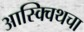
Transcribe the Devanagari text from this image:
आस्क्विथचा